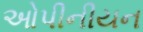
ઓપીનીયન